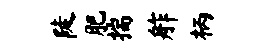
陡肥揣舴柄